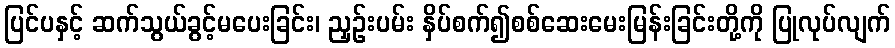
ပြင်ပနှင့် ဆက်သွယ်ခွင့်မပေးခြင်း၊ ညှဉ်းပမ်း နှိပ်စက်၍စစ်ဆေးမေးမြန်းခြင်းတို့ကို ပြုလုပ်လျက်